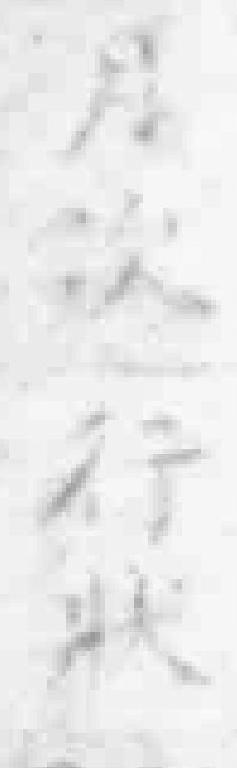
月次行狀